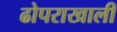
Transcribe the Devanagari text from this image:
ढोपराखाली